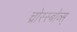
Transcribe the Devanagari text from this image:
च्रोस्स्बोव्स्